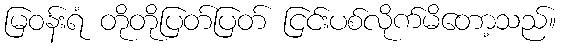
မြဝန်းရံ တိုတိုပြတ်ပြတ် ငြင်းပစ်လိုက်မိတော့သည်။